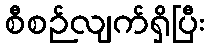
စီစဉ်လျက်ရှိပြီး